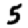
Digit: 5